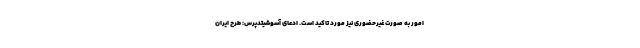
امور به صورت غیرحضوری نیز مورد تاکید است. ادعای آسوشیتدپرس: طرح ایران